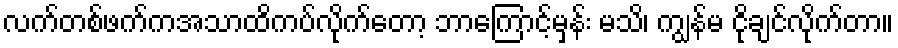
လက်တစ်ဖက်ကအသာထိကပ်လိုက်တော့ ဘာကြောင့်မှန်း မသိ၊ ကျွန်မ ငိုချင်လိုက်တာ။